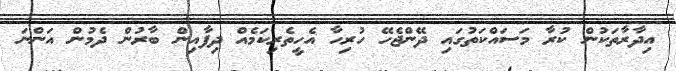
އިދާރާތަކުން ކުރާ މަސައްކަތުގައި ދޭންޖެހޭ ހުރިހާ އެހީތެރިކަމެއް ދިފާއިން ބާރުން ދެމުން އަންނަ